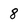
Character: 8